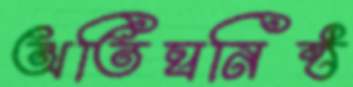
অতিঘনিষ্ঠ